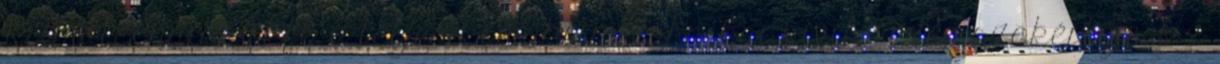
Klímatechnikai kft. a teljes körű klímtechnikai kivitelezés szakértője. Az